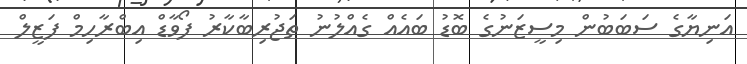
އަނިޔާގެ ސަބަބުން މިސީޒަނުގެ ބޮޑު ބައެއް ގެއްލުނު ތަޖުރިބާކާރު ފޯވާޑް އިބްރާހިމް ފަޒީލް